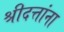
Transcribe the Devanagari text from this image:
श्रीदत्तांना